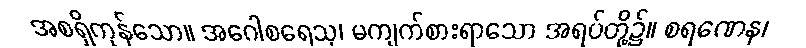
အစရှိကုန်သော။ အဂေါစရေသု၊ မကျက်စားရာသော အရပ်တို့၌။ စရဏေန၊